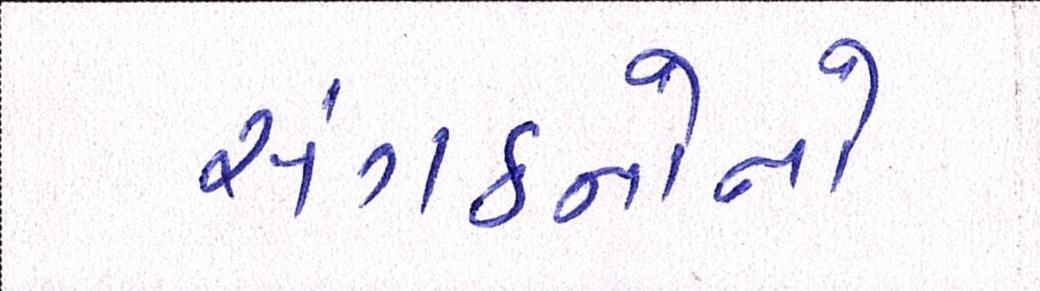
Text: સંગઠનોનો